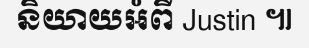
និយាយអំពី Justin ៕